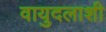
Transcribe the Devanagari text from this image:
वायुदलाशी